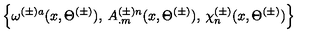
\left\{ \omega ^ { ( \pm ) a } ( x , \Theta ^ { ( \pm ) } ) , \: A _ { . m } ^ { ( \pm ) n } ( x , \Theta ^ { ( \pm ) } ) , \: \chi _ { n } ^ { ( \pm ) } ( x , \Theta ^ { ( \pm ) } ) \right\}